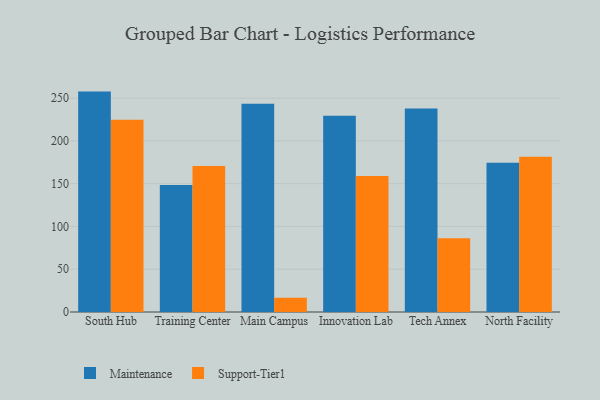
{"axis": {"x": "Campus", "y": "Budget (USD K)"}, "legend": ["Maintenance", "Support-Tier1"], "data": [{"x": "South Hub", "y": 257.6, "type": "Maintenance"}, {"x": "South Hub", "y": 224.8, "type": "Support-Tier1"}, {"x": "Training Center", "y": 148.5, "type": "Maintenance"}, {"x": "Training Center", "y": 170.7, "type": "Support-Tier1"}, {"x": "Main Campus", "y": 243.5, "type": "Maintenance"}, {"x": "Main Campus", "y": 16.7, "type": "Support-Tier1"}, {"x": "Innovation Lab", "y": 229.5, "type": "Maintenance"}, {"x": "Innovation Lab", "y": 158.9, "type": "Support-Tier1"}, {"x": "Tech Annex", "y": 237.8, "type": "Maintenance"}, {"x": "Tech Annex", "y": 86.2, "type": "Support-Tier1"}, {"x": "North Facility", "y": 174.4, "type": "Maintenance"}, {"x": "North Facility", "y": 181.4, "type": "Support-Tier1"}]}